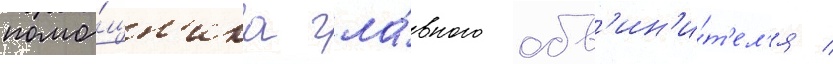
помо́щн'ика гла́вного обв'ин'и́т'ел'я /